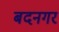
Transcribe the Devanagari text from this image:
बदनगर